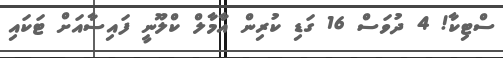
ސްޓިކާ! 4 ދުވަސް 16 ގަޑި ކުރިން އާމާލް ކްލޫނީ ފައިސާއަށް ޓަކައި